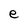
Character: e